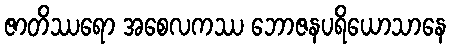
ဇာတိဿရော အစေလကဿ ဘောဇနပရိယောသာနေ